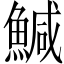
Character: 鰔